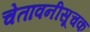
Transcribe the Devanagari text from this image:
चेतावनीसूचक